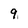
Character: 9